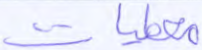
معطيات